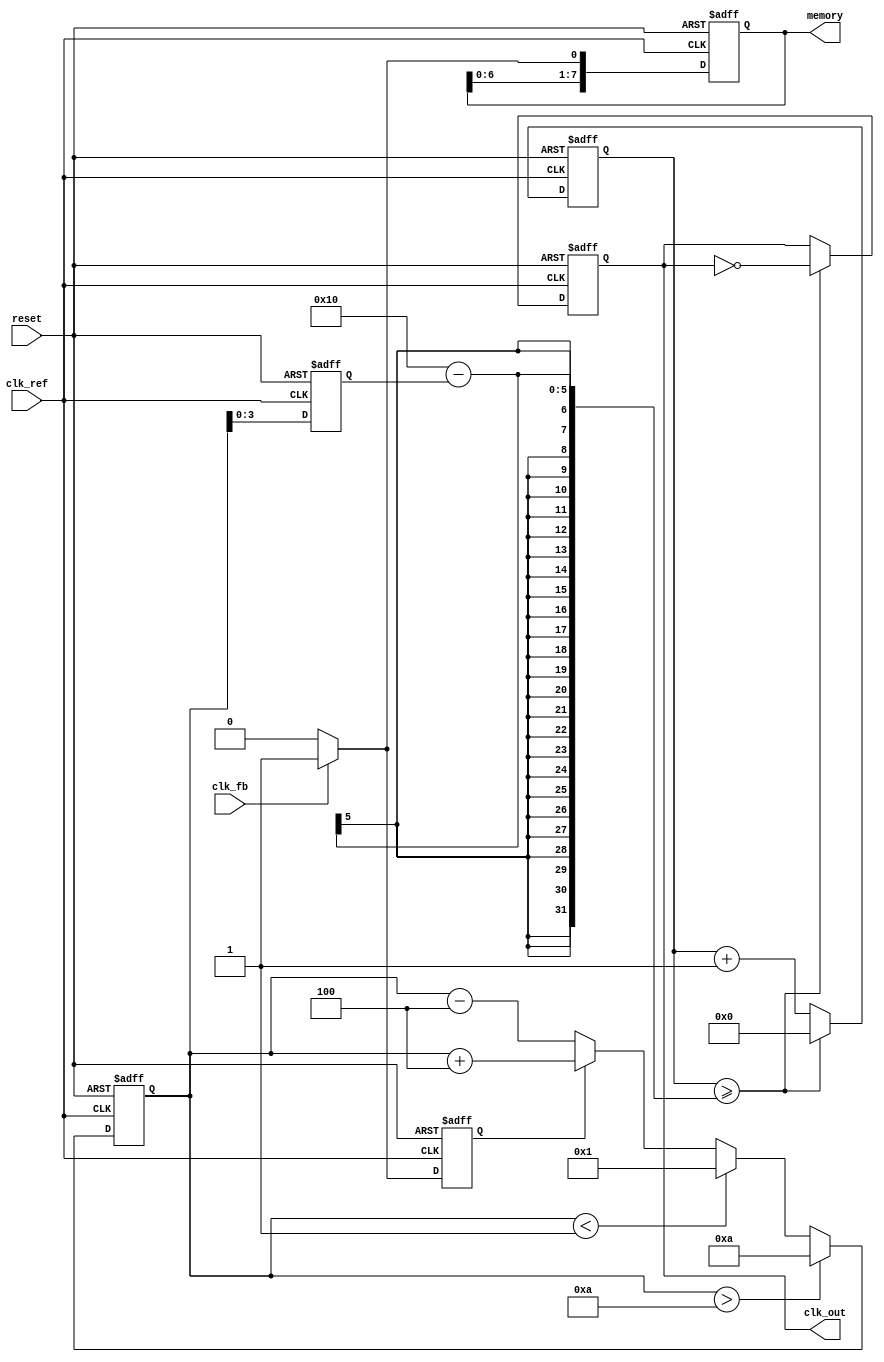
module DPLL (
    input wire clk_ref,                  // Reference clock input
    input wire clk_fb,                   // Feedback clock input
    input wire reset,                    // Reset signal
    output reg clk_out,                  // Output clock
    output reg [7:0] memory              // Memory block for storing phase information
);

// Parameters for the loop filter and VCO
parameter LOOP_FILTER_GAIN = 4;        // Gain for the loop filter
parameter VCO_MAX = 10;                 // Maximum VCO value for frequency control
parameter VCO_MIN = 1;                  // Minimum VCO value for frequency control

// Phase Detector Output
reg phase_error;                        // Phase error signal

// Loop Filter Output
reg [7:0] loop_filter_out;              // Output of the loop filter

// Voltage-Controlled Oscillator (VCO)
reg [3:0] vco_freq;                     // Frequency of the VCO
reg [3:0] vco_count;                    // VCO count for generating output clock

// State variables
always @(posedge clk_ref or posedge reset) begin
    if (reset) begin
        phase_error <= 0;
        loop_filter_out <= 0;
        vco_freq <= 5; // Initialize VCO to a nominal frequency
        vco_count <= 0;
        clk_out <= 0;
        memory <= 0; // Initialize memory
    end else begin
        // 1. Phase Detector Logic
        if (clk_fb) begin
            phase_error <= 1; // Feedback clock leads reference clock
            memory <= {memory[6:0], 1'b1}; // Store phase info
        end else begin
            phase_error <= 0; // Feedback clock lags reference clock
            memory <= {memory[6:0], 1'b0}; // Store phase info
        end

        // 2. Loop Filter (Simple proportional filter)
        if (phase_error) begin
            // Positive phase error
            loop_filter_out <= loop_filter_out + LOOP_FILTER_GAIN;
        end else begin
            // Negative phase error
            loop_filter_out <= loop_filter_out - LOOP_FILTER_GAIN;
        end

        // Clamp loop_filter_out to valid range for VCO
        if (loop_filter_out > VCO_MAX)
            loop_filter_out <= VCO_MAX;
        else if (loop_filter_out < VCO_MIN)
            loop_filter_out <= VCO_MIN;

        // 3. VCO Generation
        vco_freq <= loop_filter_out; // Adjust VCO frequency
        vco_count <= vco_count + 1;

        // Generate output clock signal based on VCO frequency
        if (vco_count >= (16 - vco_freq)) begin // Adjust clock frequency
            clk_out <= ~clk_out;
            vco_count <= 0; // Reset counter
        end
        
    end
end

endmodule